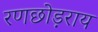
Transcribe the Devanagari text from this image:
रणछोड़राय